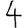
Digit: 4